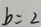
b = 2